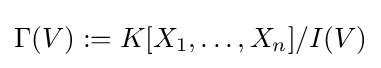
\Gamma (V):=K[X_{1},\dots ,X_{n}]/I(V)